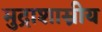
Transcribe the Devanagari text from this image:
मुद्राशास्रीय